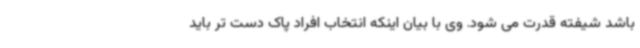
باشد شیفته قدرت می شود. وی با بیان اینکه انتخاب افراد پاک دست تر باید